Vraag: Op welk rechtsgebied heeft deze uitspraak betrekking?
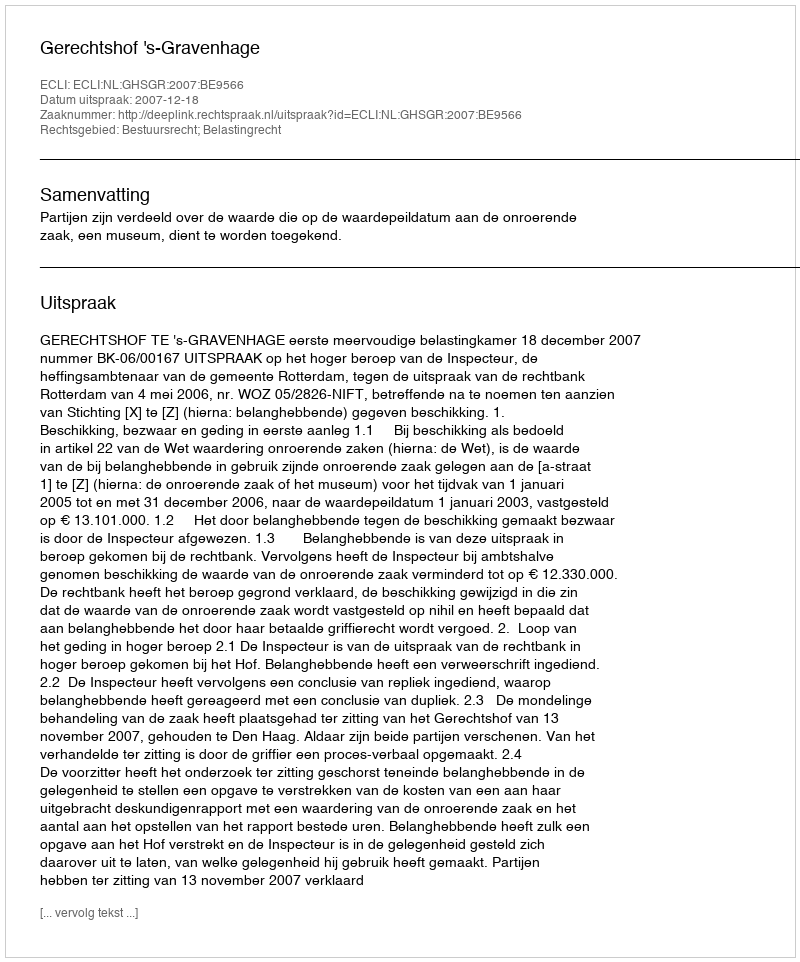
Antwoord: Bestuursrecht; Belastingrecht